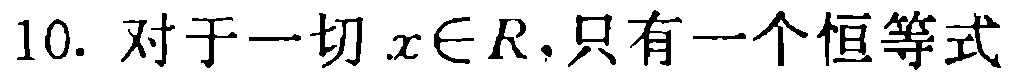
10. 对于一切 \(x\in R\),只有一个恒等式